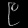
Digit: ၉